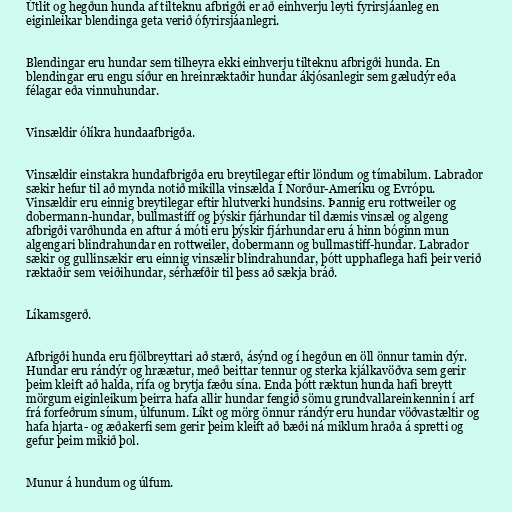
Útlit og hegðun hunda af tilteknu afbrigði er að einhverju leyti fyrirsjáanleg en
eiginleikar blendinga geta verið ófyrirsjáanlegri.

Blendingar eru hundar sem tilheyra ekki einhverju tilteknu afbrigði hunda. En
blendingar eru engu síður en hreinræktaðir hundar ákjósanlegir sem gæludýr eða
félagar eða vinnuhundar.

Vinsældir ólíkra hundaafbrigða.

Vinsældir einstakra hundafbrigða eru breytilegar eftir löndum og tímabilum. Labrador
sækir hefur til að mynda notið mikilla vinsælda Í Norður-Ameríku og Evrópu.
Vinsældir eru einnig breytilegar eftir hlutverki hundsins. Þannig eru rottweiler og
dobermann-hundar, bullmastiff og þýskir fjárhundar til dæmis vinsæl og algeng
afbrigði varðhunda en aftur á móti eru þýskir fjárhundar eru á hinn bóginn mun
algengari blindrahundar en rottweiler, dobermann og bullmastiff-hundar. Labrador
sækir og gullinsækir eru einnig vinsælir blindrahundar, þótt upphaflega hafi þeir verið
ræktaðir sem veiðihundar, sérhæfðir til þess að sækja bráð.

Líkamsgerð.

Afbrigði hunda eru fjölbreyttari að stærð, ásýnd og í hegðun en öll önnur tamin dýr.
Hundar eru rándýr og hræætur, með beittar tennur og sterka kjálkavöðva sem gerir
þeim kleift að halda, rífa og brytja fæðu sína. Enda þótt ræktun hunda hafi breytt
mörgum eiginleikum þeirra hafa allir hundar fengið sömu grundvallareinkennin í arf
frá forfeðrum sínum, úlfunum. Líkt og mörg önnur rándýr eru hundar vöðvastæltir og
hafa hjarta- og æðakerfi sem gerir þeim kleift að bæði ná miklum hraða á spretti og
gefur þeim mikið þol.

Munur á hundum og úlfum.